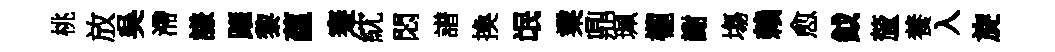
桃放吳滯謙躍黎藴蹇紞悶譜換氓業鼎珮櫳謝塲賴愈鉞釐養入旋